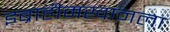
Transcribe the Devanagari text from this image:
इब्राहीमखानला